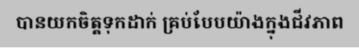
បានយកចិត្តទុកដាក់ គ្រប់បែបយ៉ាងក្នុងជីវភាព